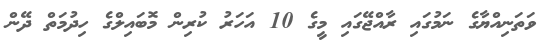
ވަތަނިއްޔާގެ ނަމުގައި ރާއްޖޭގައި މީގެ 10 އަހަރު ކުރިން މޮބައިލްގެ ހިދުމަތް ދޭން